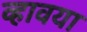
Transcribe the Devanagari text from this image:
व्हावया